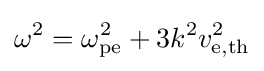
\omega ^{2}=\omega _{\mathrm {pe} }^{2}+3k^{2}v_{\mathrm {e,th} }^{2}